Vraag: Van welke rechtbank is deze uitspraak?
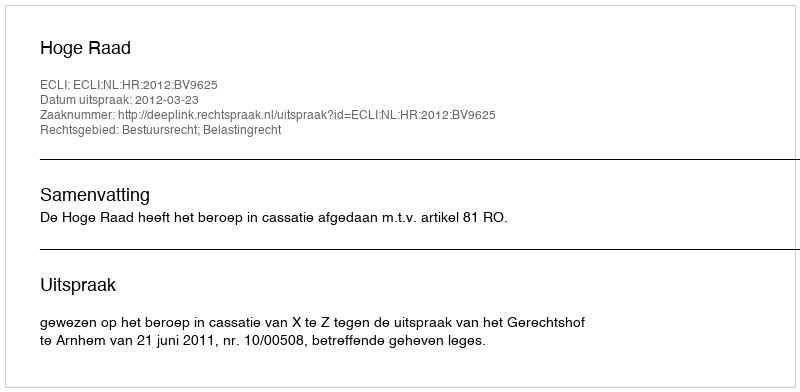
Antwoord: Hoge Raad